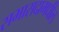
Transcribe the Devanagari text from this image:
सभासदामधील